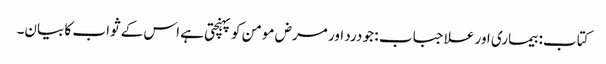
کتاب: بیماری اور علاجباب : جو درد اور مرض مومن کو پہنچتی ہے اس کے ثواب کا بیان۔